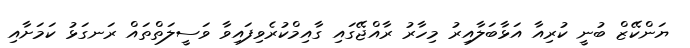
ޔަންކޭޒް ބުނީ ކުރިއާ އަޅާބަލާއިރު މިހާރު ރާއްޖޭގައި ގާއިމްކުރެވިފައިވާ ވަސީލަތްތައް ރަނގަޅު ކަމަށާއި